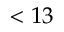
< 1 3